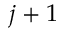
j + 1